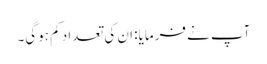
آپ نے فرمایا: ان کی تعداد کم ہوگی۔